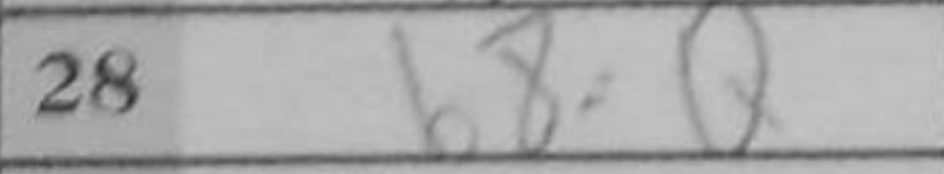
Transcription: b8=Q